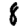
Digit: 8